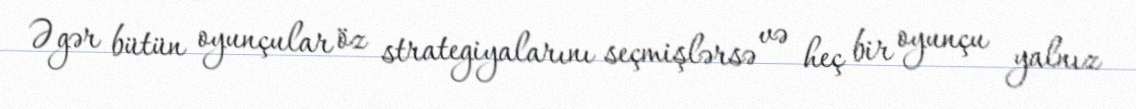
Əgər bütün oyunçular öz strategiyalarını seçmişlərsə və heç bir oyunçu yalnız